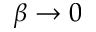
\beta \rightarrow 0